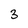
Character: 3